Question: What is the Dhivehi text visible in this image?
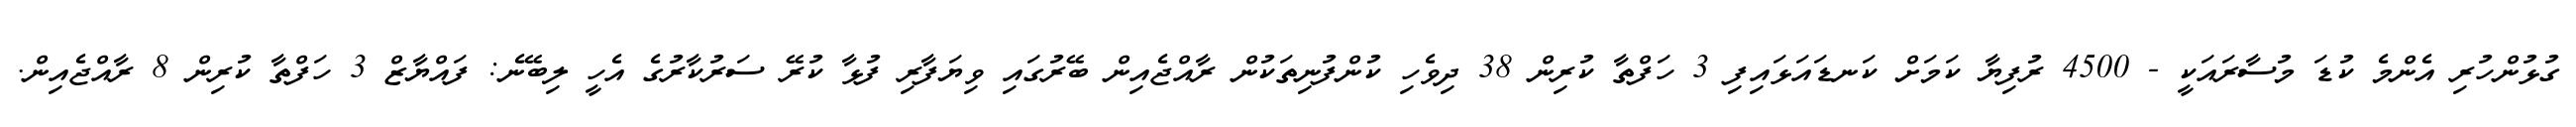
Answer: ގުޅުންހުރި އެންމެ ކުޑަ މުސާރައަކީ - 4500 ރުފިޔާ ކަމަށް ކަނޑައަޅައިފި 3 ހަފްތާ ކުރިން 38 ދިވެހި ކުންފުނިތަކުން ރާއްޖެއިން ބޭރުގައި ވިޔަފާރި ފުޅާ ކުރޭ ސަރުކާރުގެ އެހީ ލިބޭނެ: ފައްޔާޒް 3 ހަފްތާ ކުރިން 8 ރާއްޖެއިން.